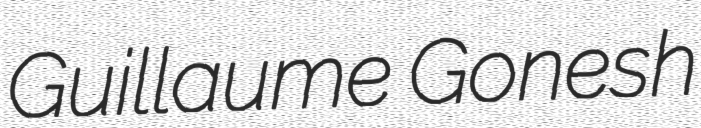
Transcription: Guillaume Gonesh